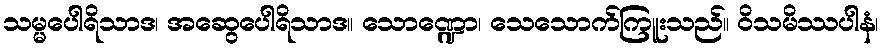
သမ္မပေါရိသာဒ၊ အဆွေပေါရိသာဒ။ သောဏ္ဍော၊ သေသောက်ကြူးသည်။ ဝိသမိဿပါနံ၊